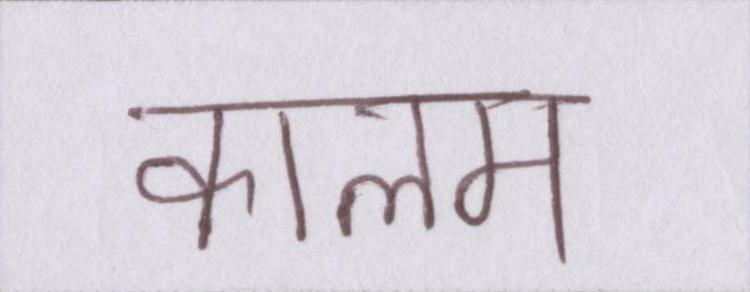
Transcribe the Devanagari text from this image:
कालम